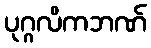
ပုဂ္ဂလိကဘဏ်